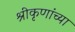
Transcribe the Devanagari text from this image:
श्रीकृणांच्या